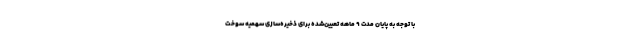
با توجه به پایان مدت ۹ ماهه تعیین‌شده برای ذخیره‌سازی سهمیه سوخت